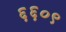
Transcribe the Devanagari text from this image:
६६०९